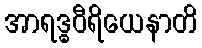
အာရဒ္ဓဝီရိယေနာတိ